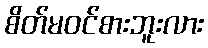
စိတ်မဝင်စားဘူးလား